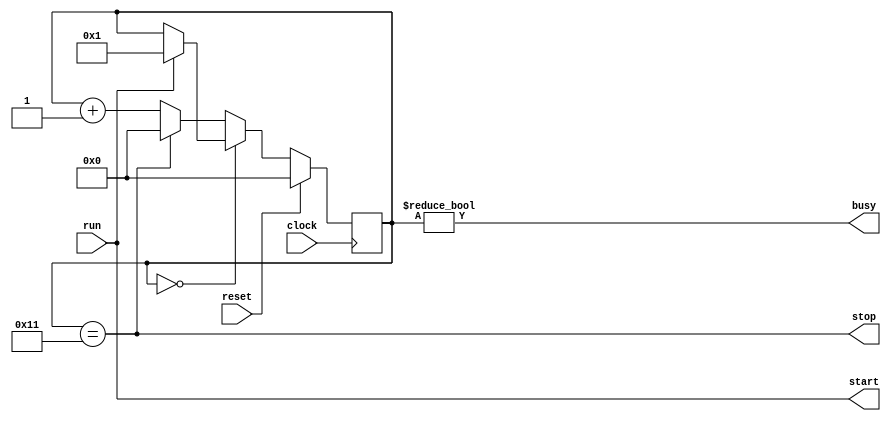
//-------------------------------------------------------------------------------
/*

Square root controller
 
jca@fe.up.pt, Nov 2018

	This Verilog code is property of University of Porto
	Its utilization beyond the scope of the course Digital Systems Design
	(Projeto de Sistemas Digitais) of the Integrated Master in Electrical 
	and Computer Engineering requires explicit authorization from the author.
 
*/
module sqrt_control(
					input clock,		//master clock
					input reset,		//synch reset, active high
					input run,		    //start a new sqrt
					output busy,		//high while sqrt is running
					output start,		//control to datapath
					output stop	        //control to datapath
				);

reg [4:0] state;

//=======================================================================================
// Timing diagram:
//
// state:  0   1   2   3   4   5   6   7   8   9   10  11  12  13  14  15  16  17  0   0
//        _   _   _   _   _   _   _   _   _   _   _   _   _   _   _   _   _   _   _   _
//  clk _| |_| |_| |_| |_| |_| |_| |_| |_| |_| |_| |_| |_| |_| |_| |_| |_| |_| |_| |_| |_
//         ___
//  run __|   |__________________________________________________________________________
//             ___________________________________________________________________
// busy ______|                                                                   |______
//         ____
//start __|    |_________________________________________________________________________
//                                                                            ___
//stop  _____________________________________________________________________|   |_______
//

// The controller:
always @(posedge clock)
if (reset)
  state <= 5'd0;
else
begin
  case (state)
    5'd0: if ( run )
	        state <= 5'd1;
	default: if ( state == 5'd17 )
	           state <= 5'd0;
			 else
			   state <= state + 1;
  endcase
end

// Set outputs:
assign start = run;
assign stop  = ( state == 5'd17 ); 
assign busy  = ( state != 5'd0  );


endmodule